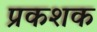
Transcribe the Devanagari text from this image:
प्रकशक